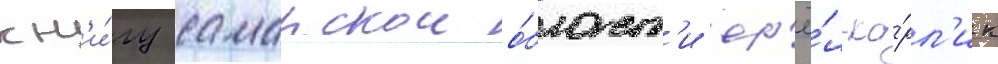
кн'и́гу самарскои о́бласт'и ор'ё́л-ка́рл'ик